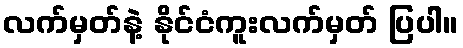
လက်မှတ်နဲ့ နိုင်ငံကူးလက်မှတ် ပြပါ။